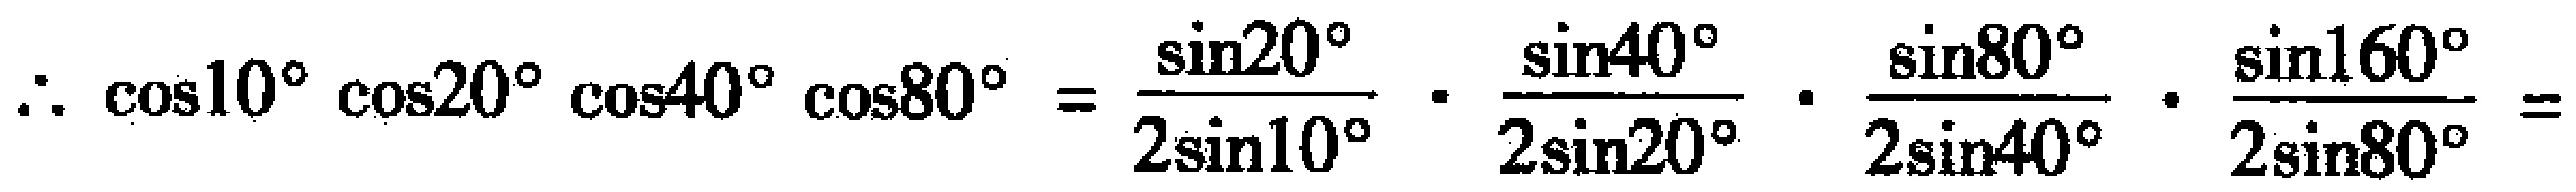
\(\therefore \cos 10^{\circ}\cos 20^{\circ}\cos 40^{\circ}\cos 80^{\circ}=\frac{\sin 20^{\circ}}{2\sin 10^{\circ}}\cdot\frac{\sin 40^{\circ}}{2\sin 20^{\circ}}\cdot\frac{\sin 80^{\circ}}{2\sin 40^{\circ}}\cdot\frac{\sin 160^{\circ}}{2\sin 80^{\circ}}=\)